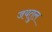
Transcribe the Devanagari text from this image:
जयतुल